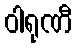
ဝါရုဏီ